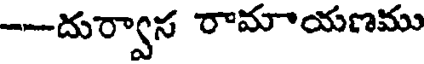
--దుర్వాస రామాయణము